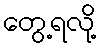
တွေ့ရလို့